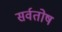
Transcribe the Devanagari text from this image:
सर्वतोष